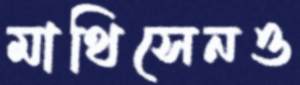
মাথিসেনও